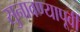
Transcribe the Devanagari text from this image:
सुनावण्यापूर्वी